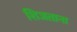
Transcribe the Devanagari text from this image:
शिजताना